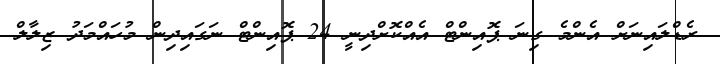
ރެޑްލައިނަށް އެންމެ ގިނަ ޕޮއިންޓް އެއްކޮށްދިނީ 24 ޕޮއިންޓް ނަގައިދިން މުހައްމަދު ޒިލާލް